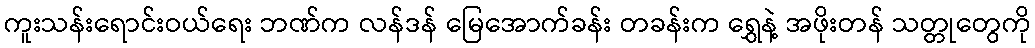
ကူးသန်းရောင်းဝယ်ရေး ဘဏ်က လန်ဒန် မြေအောက်ခန်း တခန်းက ရွှေနဲ့ အဖိုးတန် သတ္တုတွေကို